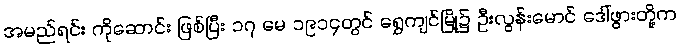
အမည်ရင်း ကိုဆောင်း ဖြစ်ပြီး ၁၇ မေ ၁၉၁၄တွင် ရွှေကျင်မြို့၌ ဦးလွန်းမောင် ဒေါ်ဖွားတို့က